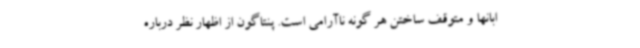
ابانها و متوقف ساختن هر گونه ناآرامی است. پنتاگون از اظهار نظر درباره